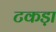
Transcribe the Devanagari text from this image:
टकड़ा